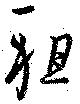
祖